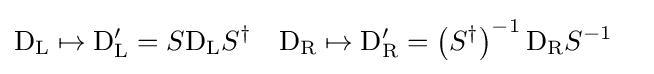
{\begin{aligned}\mathrm {D} _{\rm {L}}\mapsto \mathrm {D} _{\rm {L}}^{\prime }&=S\mathrm {D} _{\rm {L}}S^{\dagger }&\mathrm {D} _{\rm {R}}\mapsto \mathrm {D} _{\rm {R}}^{\prime }&=\left(S^{\dagger }\right)^{-1}\mathrm {D} _{\rm {R}}S^{-1}\end{aligned}}